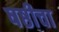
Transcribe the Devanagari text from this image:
षष्ठीचा